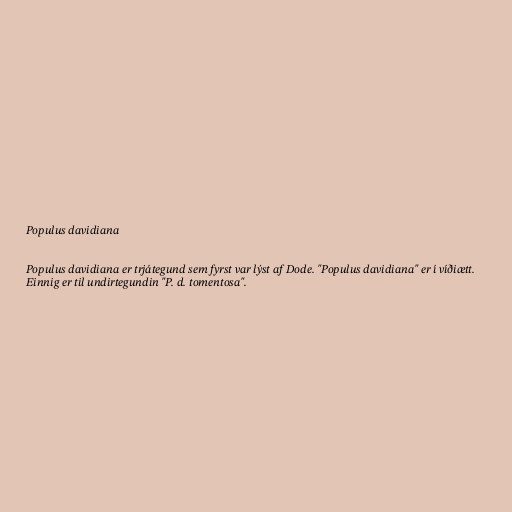
Populus davidiana

Populus davidiana er trjátegund sem fyrst var lýst af Dode. "Populus davidiana" er í víðiætt.
Einnig er til undirtegundin "P. d. tomentosa".